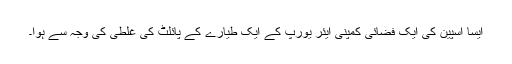
ایسا اسپین کی ایک فضائی کمپنی ایئر یورپ کے ایک طیارے کے پائلٹ کی غلطی کی وجہ سے ہوا۔